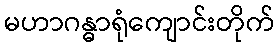
မဟာဂန္ဓာရုံကျောင်းတိုက်